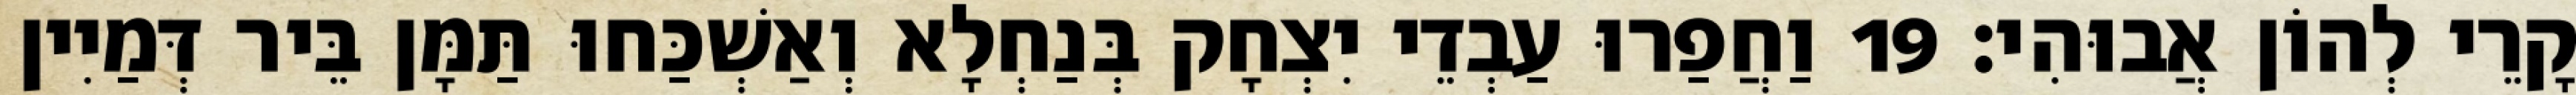
קָרֵי לְהוֹן אֲבוּהִי׃ 19 וַחֲפַרוּ עַבְדֵי יִצְחָק בְּנַחְלָא וְאַשְׁכַּחוּ תַּמָּן בֵּיר דְּמַיִין